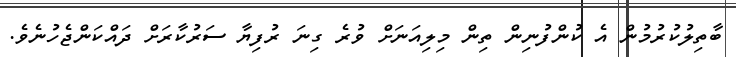
ބާތިލުކުރުމުން އެ ކުންފުނިން ތިން މިލިއަނަށް ވުރެ ގިނަ ރުފިޔާ ސަރުކާރަށް ދައްކަންޖެހުނެވެ.